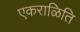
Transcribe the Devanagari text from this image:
एकराळिति